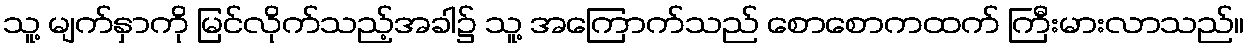
သူ့ မျက်နှာကို မြင်လိုက်သည့်အခါ၌ သူ့ အကြောက်သည် စောစောကထက် ကြီးမားလာသည်။